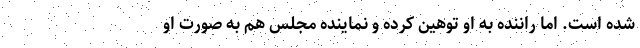
شده است. اما راننده به او توهین کرده و نماینده مجلس هم به صورت او